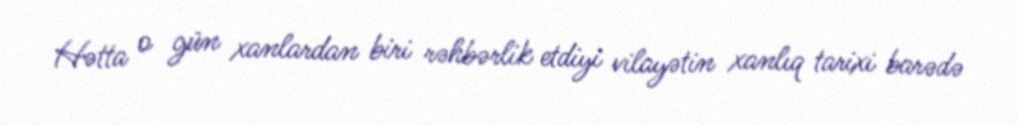
Hətta o gün xanlardan biri rəhbərlik etdiyi vilayətin xanlıq tarixi barədə